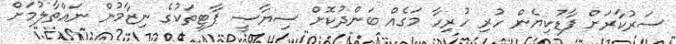
ސަރުކާރަށް ފާޑުކިޔެން ހުރި ހުރިހާ މަގެއް ބަންދުކޮށް ސިޔާސީ ޕާޓީތަކުގެ ނިޒާމުން ނައްތާލުމަށް